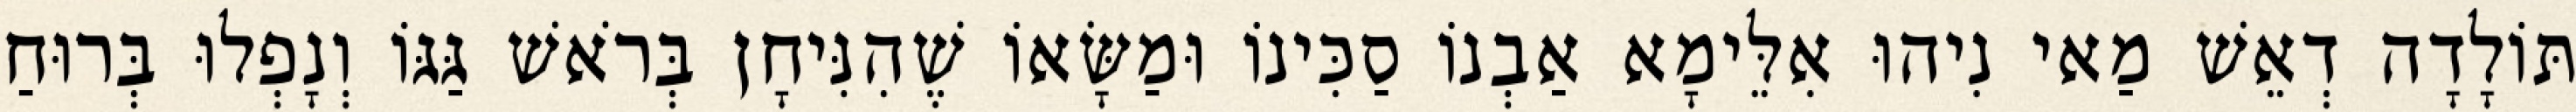
תּוֹלָדָה דְאֵשׁ מַאי נִיהוּ אִלֵּימָא אַבְנוֹ סַכִּינוֹ וּמַשָּׂאוֹ שֶׁהִנִּיחָן בְּרֹאשׁ גַּגּוֹ וְנָפְלוּ בְּרוּחַ